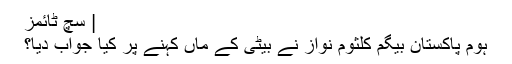
| سچ ٹائمز
ہوم پاکستان بیگم کلثوم نواز نے بیٹی کے ماں کہنے پر کیا جواب دیا؟